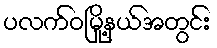
ပလက်ဝမြို့နယ်အတွင်း